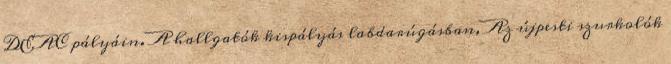
DEAC pályáin. A hallgatók kispályás labdarúgásban, Az újpesti szurkolók